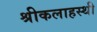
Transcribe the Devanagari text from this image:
श्रीकलाहस्थी